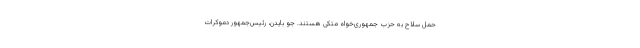
حمل سلاح به حزب جمهوری‌خواه متکی هستند. جو بایدن، رئیس‌جمهور دموکرات